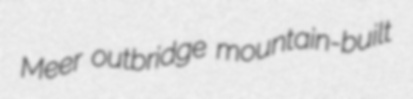
Meer outbridge mountain-built